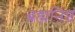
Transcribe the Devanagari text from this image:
ब्रह्मनिष्ठं